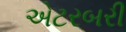
એટરબરી